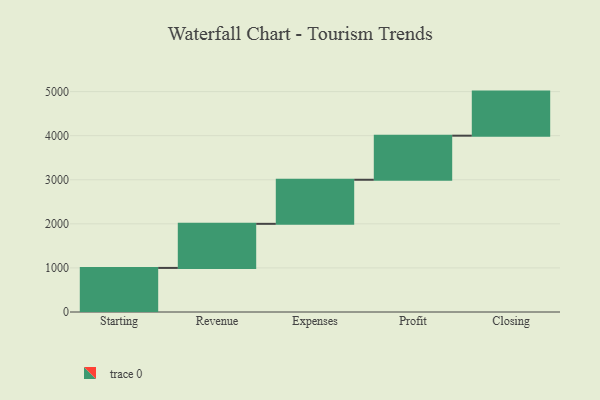
{"axis": {"x": "Step", "y": "Value"}, "legend": [""], "data": [{"x": "Starting", "y": 1000, "type": ""}, {"x": "Revenue", "y": 1000, "type": ""}, {"x": "Expenses", "y": 1000, "type": ""}, {"x": "Profit", "y": 1000, "type": ""}, {"x": "Closing", "y": 1000, "type": ""}]}